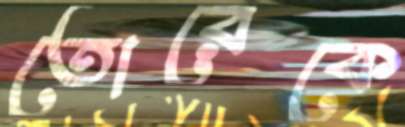
তোরেকে